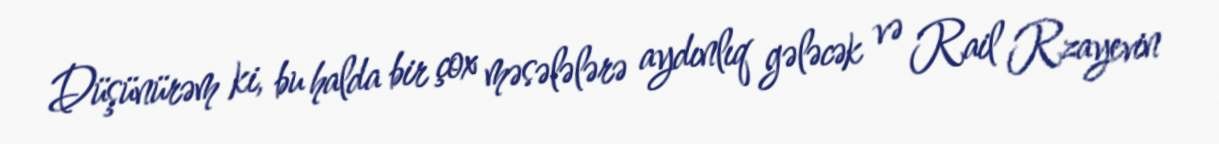
Düşünürəm ki, bu halda bir çox məsələlərə aydınlıq gələcək və Rail Rzayevin